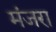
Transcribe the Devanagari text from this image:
मंजरा